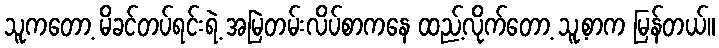
သူကတော့ မိခင်တပ်ရင်းရဲ့ အမြဲတမ်းလိပ်စာကနေ ထည့်လိုက်တော့ သူ့စာက မြန်တယ်။